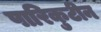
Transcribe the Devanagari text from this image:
पारिकुटीन